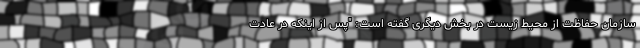
سازمان حفاظت از محیط زیست در بخش دیگری گفته است: "پس از اینکه در عادت